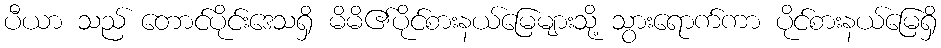
ပီယာ သည် တောင်ပိုင်းဒေသရှိ မိမိ၏ပိုင်စားနယ်မြေများသို့ သွားရောက်ကာ ပိုင်စားနယ်မြေရှိ